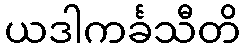
ယဒါကင်္ခသီတိ